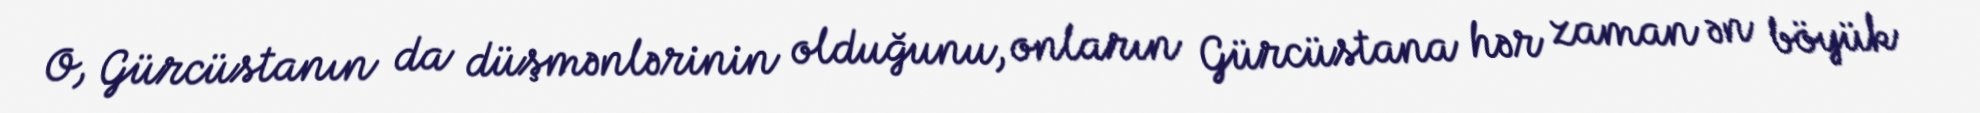
O, Gürcüstanın da düşmənlərinin olduğunu, onların Gürcüstana hər zaman ən böyük